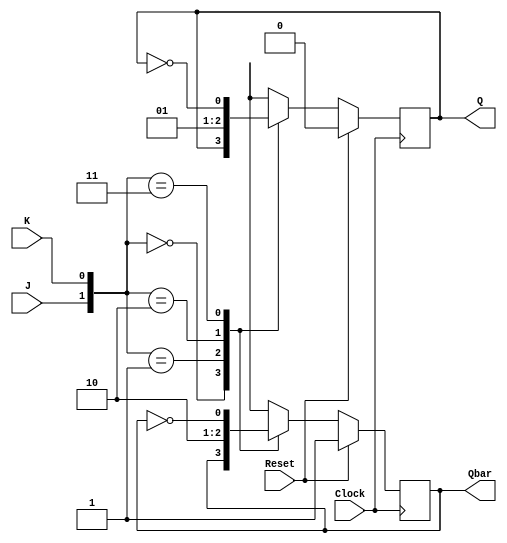
module NegEdgeJKFlipFlop(
    input J, // J input
    input K, // K input
    input Clock, // Clock input
    input Reset, // Reset input
    output reg Q, // Q output
    output reg Qbar // Qbar output
);

reg Q_next, Qbar_next;

always @ (negedge Clock) begin
    if (Reset) begin
        Q_next <= 0;
        Qbar_next <= 1;
    end else begin
        case({J, K})
            2'b00: begin // No change
                Q_next <= Q;
                Qbar_next <= Qbar;
            end
            2'b01: begin // Clear
                Q_next <= 0;
                Qbar_next <= 1;
            end
            2'b10: begin // Set
                Q_next <= 1;
                Qbar_next <= 0;
            end
            2'b11: begin // Toggle
                Q_next <= ~Q;
                Qbar_next <= ~Qbar;
            end
        endcase
    end
end

always @* begin
    Q <= Q_next;
    Qbar <= Qbar_next;
end

endmodule